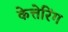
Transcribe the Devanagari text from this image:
केत्तेरिंग